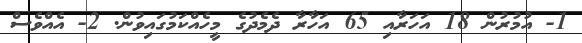
1- އުމުރުން 18 އަހަރާއި 65 އަހާރާ ދެމެދުގެ މީހެއްކަމުގައިވުން. 2- އެއްވެސް